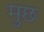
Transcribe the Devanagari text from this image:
मुछ